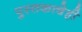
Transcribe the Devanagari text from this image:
पुस्तकाचेही